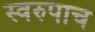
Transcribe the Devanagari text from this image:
स्वरुपाच